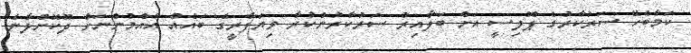
ކަމާބެހޭ ސަރުކާރުގެ ޕޮލިސީ އަށް ބަލާއިރު ސަރުކާރުންކުރާ ވިޔަފާރީގެ ބައެއް އާއްމުންނަށް ދޫކޮށްލާނެ